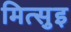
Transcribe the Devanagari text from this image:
मित्सुइ